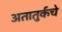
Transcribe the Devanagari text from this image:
अतातुर्कचे